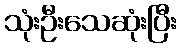
သုံးဦးသေဆုံးပြီး